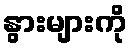
နွားများကို